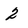
Character: 2